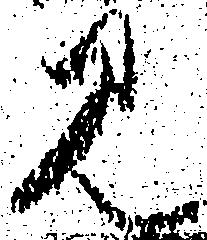
見